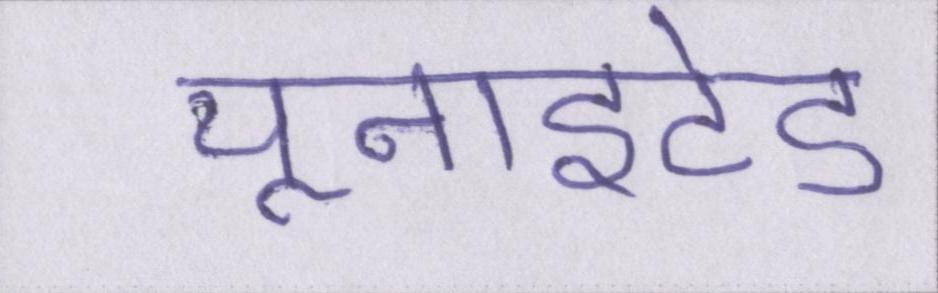
यूनाइटेड